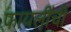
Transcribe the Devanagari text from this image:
फायलींची